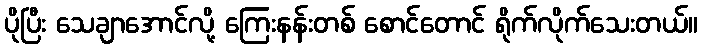
ပိုပြီး သေချာအောင်လို့ ကြေးနန်းတစ် စောင်တောင် ရိုက်လိုက်သေးတယ်။